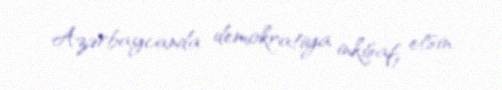
Azərbaycanda demokratiya inkişaf etsin.